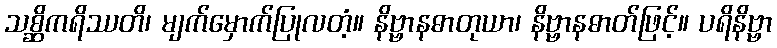
သစ္ဆိကရိဿတိ၊ မျက်မှောက်ပြုလတံ့။ နိဗ္ဗာနဓာတုယာ၊ နိဗ္ဗာနဓာတ်ဖြင့်။ ပရိနိဗ္ဗာ